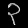
Digit: ၃